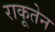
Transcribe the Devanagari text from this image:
राकूतेन